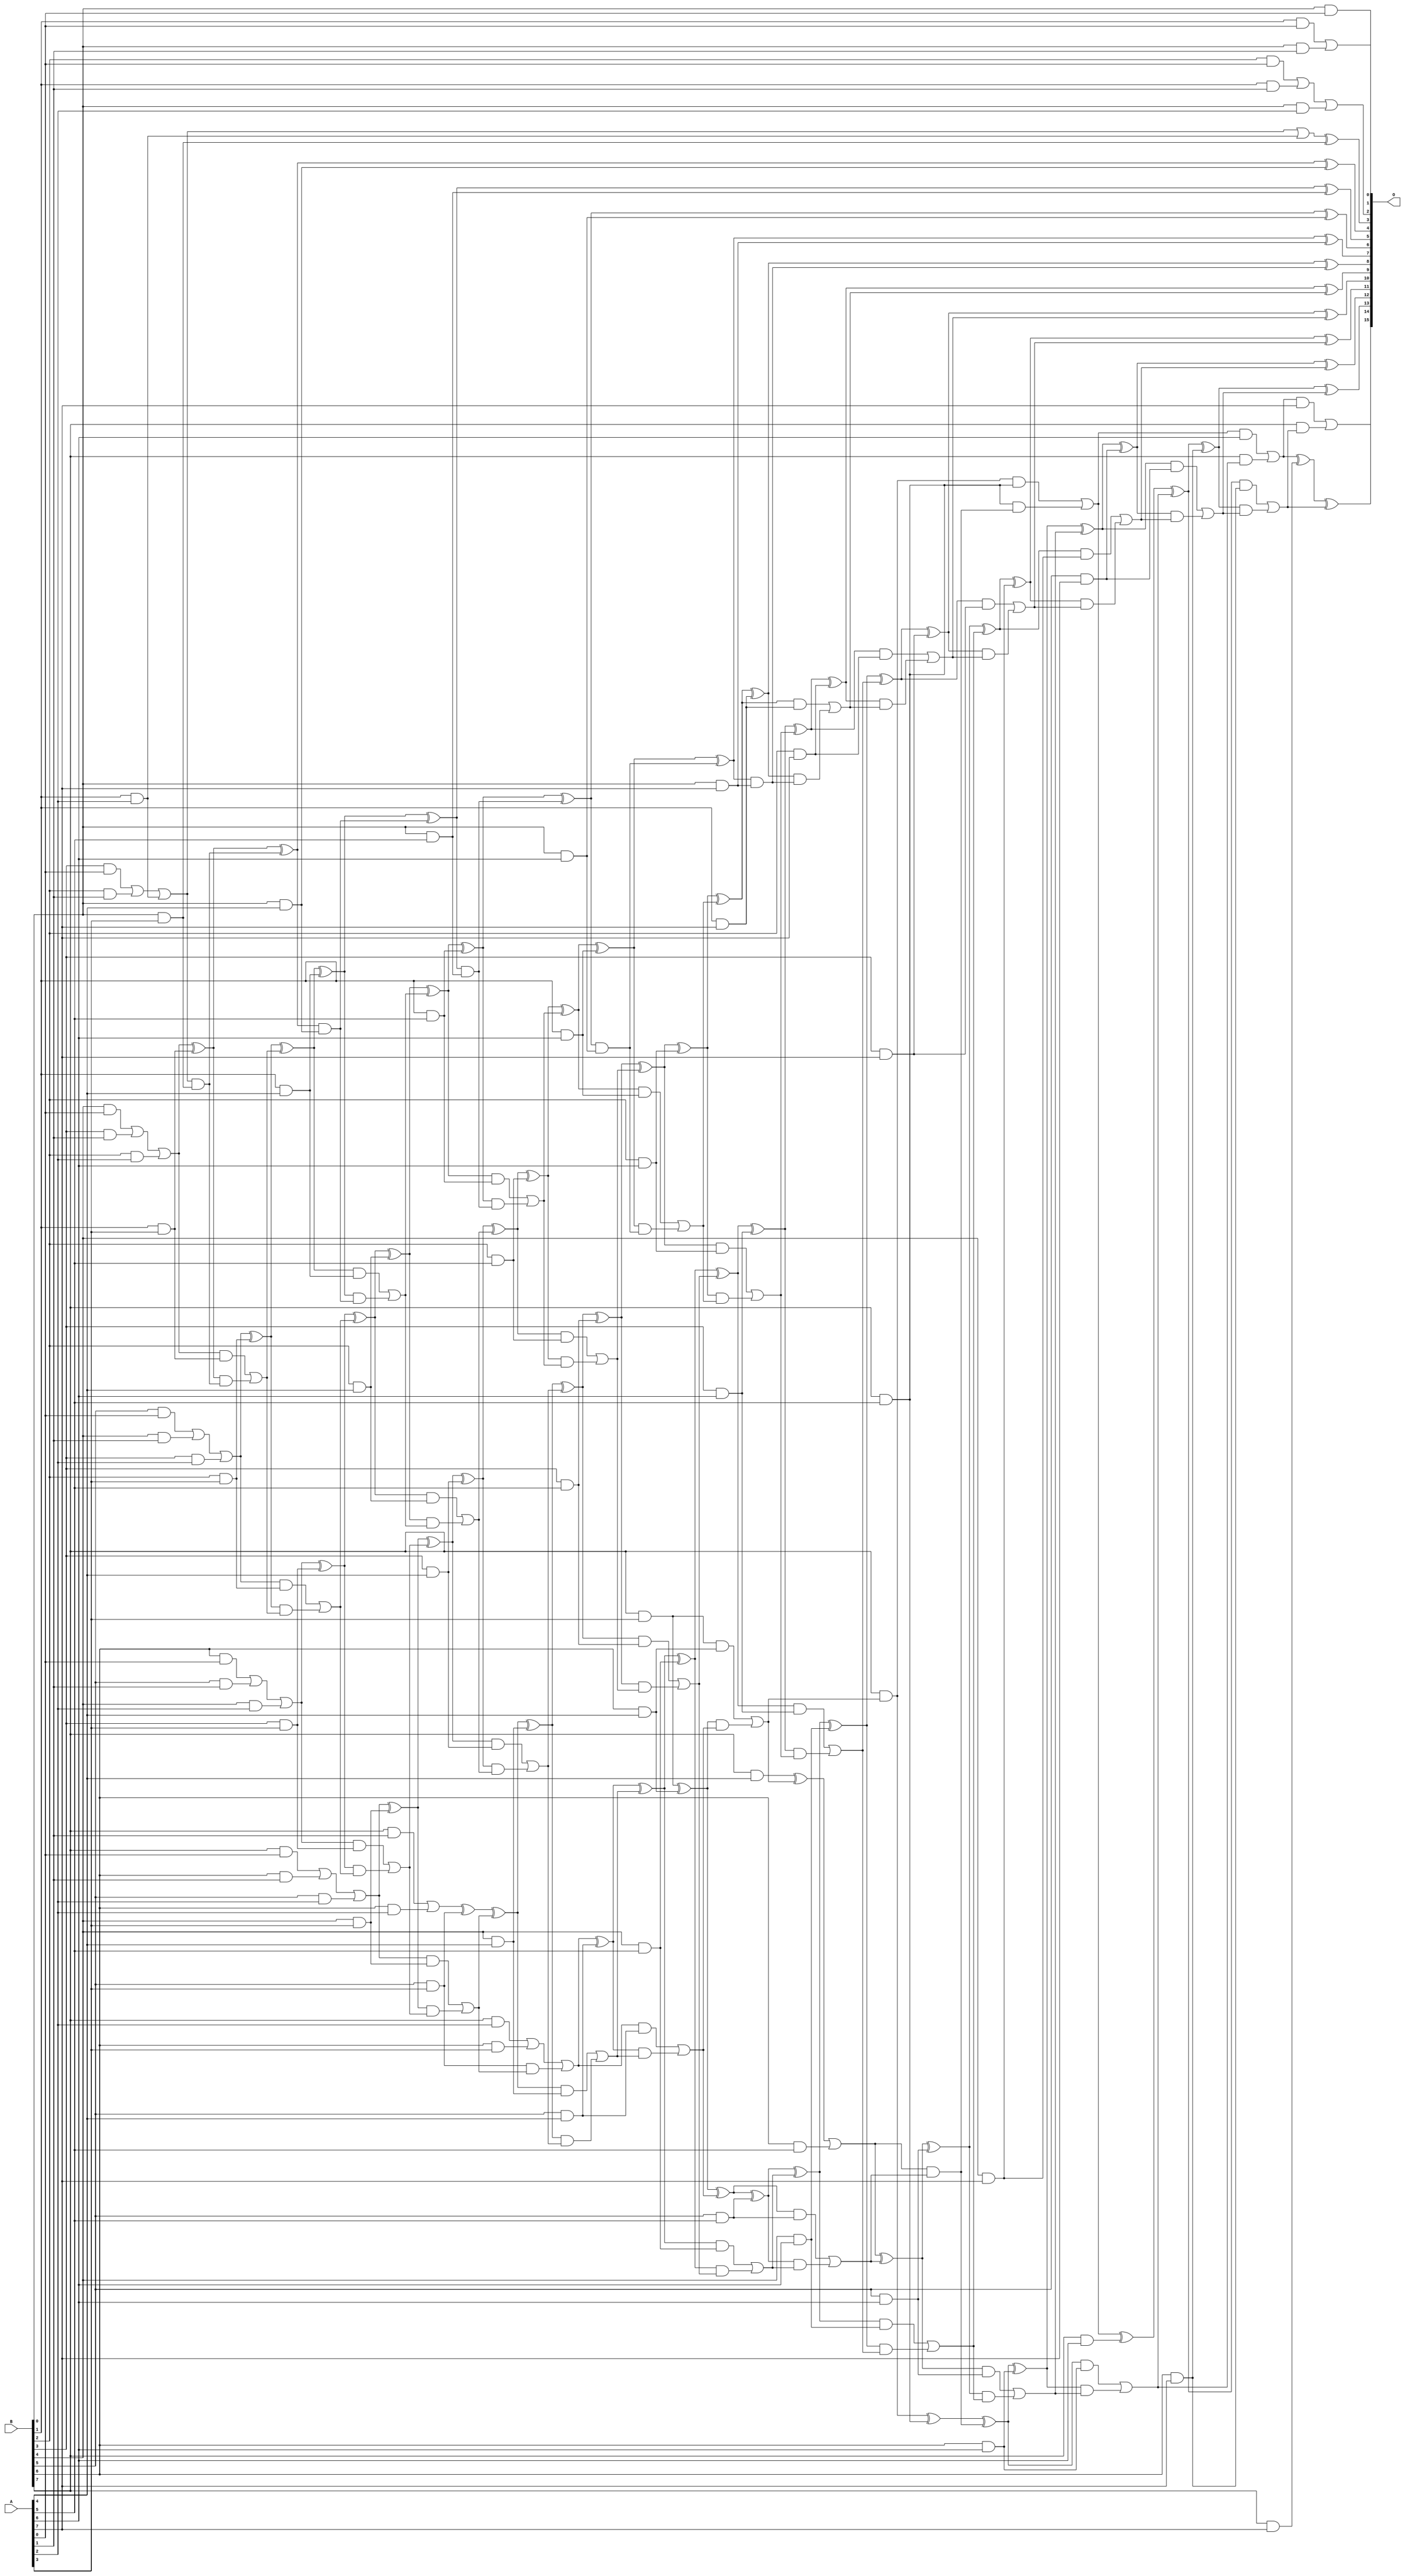
// This program was cloned from: https://github.com/ehw-fit/evoapproxlib
// License: MIT License

/***
* This code is a part of EvoApproxLib library (ehw.fit.vutbr.cz/approxlib) distributed under The MIT License.
* When used, please cite the following article(s): V. Mrazek, R. Hrbacek, Z. Vasicek and L. Sekanina, "EvoApprox8b: Library of approximate adders and multipliers for circuit design and benchmarking of approximation methods". Design, Automation & Test in Europe Conference & Exhibition (DATE), 2017, Lausanne, 2017, pp. 258-261. doi: 10.23919/DATE.2017.7926993 
* This file contains a circuit from a sub-set of pareto optimal circuits with respect to the pwr and ep parameters
***/
// MAE% = 0.43 %
// MAE = 284 
// WCE% = 4.48 %
// WCE = 2938 
// WCRE% = 52.95 %
// EP% = 49.91 %
// MRE% = 2.61 %
// MSE = 386332 
// PDK45_PWR = 0.309 mW
// PDK45_AREA = 561.8 um2
// PDK45_DELAY = 1.73 ns

module mul8u_RCG (
    A,
    B,
    O
);

input [7:0] A;
input [7:0] B;
output [15:0] O;

wire sig_16,sig_17,sig_18,sig_19,sig_20,sig_21,sig_22,sig_23,sig_24,sig_25,sig_26,sig_27,sig_28,sig_29,sig_30,sig_31,sig_32,sig_34,sig_39,sig_44;
wire sig_49,sig_51,sig_54,sig_59,sig_67,sig_68,sig_69,sig_70,sig_71,sig_72,sig_73,sig_74,sig_76,sig_80,sig_81,sig_86,sig_91,sig_96,sig_101,sig_111;
wire sig_112,sig_113,sig_114,sig_115,sig_116,sig_117,sig_118,sig_119,sig_120,sig_121,sig_122,sig_123,sig_124,sig_125,sig_126,sig_127,sig_128,sig_129,sig_130,sig_131;
wire sig_132,sig_133,sig_134,sig_135,sig_136,sig_137,sig_138,sig_139,sig_140,sig_141,sig_143,sig_144,sig_146,sig_149,sig_156,sig_157,sig_158,sig_159,sig_160,sig_161;
wire sig_162,sig_163,sig_164,sig_165,sig_166,sig_167,sig_168,sig_169,sig_170,sig_171,sig_172,sig_173,sig_174,sig_175,sig_176,sig_177,sig_178,sig_179,sig_180,sig_181;
wire sig_182,sig_183,sig_184,sig_185,sig_186,sig_187,sig_188,sig_189,sig_190,sig_191,sig_192,sig_193,sig_194,sig_195,sig_198,sig_199,sig_201,sig_202,sig_203,sig_204;
wire sig_205,sig_206,sig_207,sig_208,sig_209,sig_210,sig_211,sig_212,sig_213,sig_214,sig_215,sig_216,sig_217,sig_218,sig_219,sig_220,sig_221,sig_222,sig_223,sig_224;
wire sig_225,sig_226,sig_227,sig_228,sig_229,sig_230,sig_231,sig_232,sig_233,sig_234,sig_235,sig_236,sig_238,sig_239,sig_241,sig_242,sig_243,sig_244,sig_245,sig_246;
wire sig_247,sig_248,sig_249,sig_250,sig_251,sig_252,sig_253,sig_254,sig_255,sig_256,sig_257,sig_258,sig_259,sig_260,sig_261,sig_262,sig_263,sig_264,sig_265,sig_266;
wire sig_267,sig_268,sig_269,sig_270,sig_271,sig_272,sig_273,sig_274,sig_275,sig_276,sig_277,sig_278,sig_279,sig_280,sig_281,sig_282,sig_283,sig_284,sig_285,sig_286;
wire sig_287,sig_288,sig_289,sig_290,sig_291,sig_292,sig_293,sig_294,sig_295,sig_296,sig_297,sig_298,sig_299,sig_300,sig_301,sig_302,sig_303,sig_304,sig_305,sig_306;
wire sig_307,sig_308,sig_309,sig_310,sig_311,sig_312,sig_313,sig_314,sig_315,sig_316,sig_317,sig_318,sig_319,sig_320,sig_321,sig_322,sig_323,sig_324,sig_325,sig_326;
wire sig_327,sig_328,sig_329,sig_330,sig_331,sig_332,sig_333,sig_334,sig_335;

assign sig_16 = B[0] & A[0];
assign sig_17 = B[1] & A[0];
assign sig_18 = B[2] & A[0];
assign sig_19 = B[3] & A[0];
assign sig_20 = B[4] & A[0];
assign sig_21 = B[5] & A[0];
assign sig_22 = B[6] & A[0];
assign sig_23 = B[7] & A[0];
assign sig_24 = B[0] & A[1];
assign sig_25 = B[1] & A[1];
assign sig_26 = B[2] & A[1];
assign sig_27 = B[3] & A[1];
assign sig_28 = B[4] & A[1];
assign sig_29 = B[5] & A[1];
assign sig_30 = B[6] & A[1];
assign sig_31 = B[7] & A[1];
assign sig_32 = sig_17 | sig_24;
assign sig_34 = sig_18 | sig_25;
assign sig_39 = sig_19 | sig_26;
assign sig_44 = sig_20 | sig_27;
assign sig_49 = sig_21 | sig_28;
assign sig_51 = B[0] & A[2];
assign sig_54 = sig_22 | sig_29;
assign sig_59 = sig_23 | sig_30;
assign sig_67 = B[1] & A[2];
assign sig_68 = B[2] & A[2];
assign sig_69 = B[3] & A[2];
assign sig_70 = B[4] & A[2];
assign sig_71 = B[5] & A[2];
assign sig_72 = B[6] & A[2];
assign sig_73 = B[7] & A[2];
assign sig_74 = sig_34 | sig_51;
assign sig_76 = sig_39 | sig_67;
assign sig_80 = sig_76 | sig_67;
assign sig_81 = sig_44 | sig_68;
assign sig_86 = sig_49 | sig_69;
assign sig_91 = sig_54 | sig_70;
assign sig_96 = sig_59 | sig_71;
assign sig_101 = sig_31 | sig_72;
assign sig_111 = B[0] & A[3];
assign sig_112 = B[1] & A[3];
assign sig_113 = B[2] & A[3];
assign sig_114 = B[3] & A[3];
assign sig_115 = B[4] & A[3];
assign sig_116 = B[5] & A[3];
assign sig_117 = B[6] & A[3];
assign sig_118 = B[7] & A[3];
assign sig_119 = sig_80 ^ sig_111;
assign sig_120 = sig_76 & sig_111;
assign sig_121 = sig_81 ^ sig_112;
assign sig_122 = sig_81 & sig_112;
assign sig_123 = sig_121 & sig_120;
assign sig_124 = sig_121 ^ sig_120;
assign sig_125 = sig_122 | sig_123;
assign sig_126 = sig_86 ^ sig_113;
assign sig_127 = sig_86 & sig_113;
assign sig_128 = sig_126 & sig_125;
assign sig_129 = sig_126 ^ sig_125;
assign sig_130 = sig_127 | sig_128;
assign sig_131 = sig_91 ^ sig_114;
assign sig_132 = sig_91 & sig_114;
assign sig_133 = sig_131 & sig_130;
assign sig_134 = sig_131 ^ sig_130;
assign sig_135 = sig_132 | sig_133;
assign sig_136 = sig_96 ^ sig_115;
assign sig_137 = sig_96 & sig_115;
assign sig_138 = sig_136 & sig_135;
assign sig_139 = sig_136 ^ sig_135;
assign sig_140 = sig_137 | sig_138;
assign sig_141 = sig_101 ^ sig_116;
assign sig_143 = sig_116 & sig_140;
assign sig_144 = sig_141 ^ sig_140;
assign sig_146 = sig_73 | sig_117;
assign sig_149 = sig_146 | sig_143;
assign sig_156 = B[0] & A[4];
assign sig_157 = B[1] & A[4];
assign sig_158 = B[2] & A[4];
assign sig_159 = B[3] & A[4];
assign sig_160 = B[4] & A[4];
assign sig_161 = B[5] & A[4];
assign sig_162 = B[6] & A[4];
assign sig_163 = B[7] & A[4];
assign sig_164 = sig_124 ^ sig_156;
assign sig_165 = sig_124 & sig_156;
assign sig_166 = sig_129 ^ sig_157;
assign sig_167 = sig_129 & sig_157;
assign sig_168 = sig_166 & sig_165;
assign sig_169 = sig_166 ^ sig_165;
assign sig_170 = sig_167 | sig_168;
assign sig_171 = sig_134 ^ sig_158;
assign sig_172 = sig_134 & sig_158;
assign sig_173 = sig_171 & sig_170;
assign sig_174 = sig_171 ^ sig_170;
assign sig_175 = sig_172 | sig_173;
assign sig_176 = sig_139 ^ sig_159;
assign sig_177 = sig_139 & sig_159;
assign sig_178 = sig_176 & sig_175;
assign sig_179 = sig_176 ^ sig_175;
assign sig_180 = sig_177 | sig_178;
assign sig_181 = sig_144 ^ sig_160;
assign sig_182 = sig_144 & sig_160;
assign sig_183 = sig_181 & sig_180;
assign sig_184 = sig_181 ^ sig_180;
assign sig_185 = sig_182 | sig_183;
assign sig_186 = sig_149 ^ sig_161;
assign sig_187 = sig_149 & sig_161;
assign sig_188 = sig_186 & sig_185;
assign sig_189 = sig_186 ^ sig_185;
assign sig_190 = sig_187 | sig_188;
assign sig_191 = sig_118 ^ sig_162;
assign sig_192 = sig_118 & sig_162;
assign sig_193 = sig_191 & sig_190;
assign sig_194 = sig_191 ^ sig_190;
assign sig_195 = sig_192 | sig_193;
assign sig_198 = B[7] & sig_195;
assign sig_199 = sig_163 ^ sig_195;
assign sig_201 = B[0] & A[5];
assign sig_202 = B[1] & A[5];
assign sig_203 = B[2] & A[5];
assign sig_204 = B[3] & A[5];
assign sig_205 = B[4] & A[5];
assign sig_206 = B[5] & A[5];
assign sig_207 = B[6] & A[5];
assign sig_208 = B[7] & A[5];
assign sig_209 = sig_169 ^ sig_201;
assign sig_210 = sig_169 & sig_201;
assign sig_211 = sig_174 ^ sig_202;
assign sig_212 = sig_174 & sig_202;
assign sig_213 = sig_211 & sig_210;
assign sig_214 = sig_211 ^ sig_210;
assign sig_215 = sig_212 | sig_213;
assign sig_216 = sig_179 ^ sig_203;
assign sig_217 = sig_179 & sig_203;
assign sig_218 = sig_216 & sig_215;
assign sig_219 = sig_216 ^ sig_215;
assign sig_220 = sig_217 | sig_218;
assign sig_221 = sig_184 ^ sig_204;
assign sig_222 = sig_184 & sig_204;
assign sig_223 = sig_221 & sig_220;
assign sig_224 = sig_221 ^ sig_220;
assign sig_225 = sig_222 | sig_223;
assign sig_226 = sig_189 ^ sig_205;
assign sig_227 = sig_189 & sig_205;
assign sig_228 = sig_226 & sig_225;
assign sig_229 = sig_226 ^ sig_225;
assign sig_230 = sig_227 | sig_228;
assign sig_231 = sig_194 ^ sig_206;
assign sig_232 = sig_194 & sig_206;
assign sig_233 = sig_231 & sig_230;
assign sig_234 = sig_231 ^ sig_230;
assign sig_235 = sig_232 | sig_233;
assign sig_236 = sig_199 | sig_207;
assign sig_238 = sig_236 & sig_235;
assign sig_239 = sig_236 ^ sig_235;
assign sig_241 = sig_198 ^ sig_208;
assign sig_242 = sig_198 & sig_208;
assign sig_243 = sig_208 & sig_238;
assign sig_244 = sig_241 ^ sig_238;
assign sig_245 = sig_242 | sig_243;
assign sig_246 = B[0] & A[6];
assign sig_247 = B[1] & A[6];
assign sig_248 = B[2] & A[6];
assign sig_249 = B[3] & A[6];
assign sig_250 = B[4] & A[6];
assign sig_251 = B[5] & A[6];
assign sig_252 = B[6] & A[6];
assign sig_253 = B[7] & A[6];
assign sig_254 = sig_214 ^ sig_246;
assign sig_255 = sig_214 & sig_246;
assign sig_256 = sig_219 ^ sig_247;
assign sig_257 = sig_219 & sig_247;
assign sig_258 = sig_256 & sig_255;
assign sig_259 = sig_256 ^ sig_255;
assign sig_260 = sig_257 | sig_258;
assign sig_261 = sig_224 ^ sig_248;
assign sig_262 = sig_224 & sig_248;
assign sig_263 = sig_261 & sig_260;
assign sig_264 = sig_261 ^ sig_260;
assign sig_265 = sig_262 | sig_263;
assign sig_266 = sig_229 ^ sig_249;
assign sig_267 = sig_229 & sig_249;
assign sig_268 = sig_266 & sig_265;
assign sig_269 = sig_266 ^ sig_265;
assign sig_270 = sig_267 | sig_268;
assign sig_271 = sig_234 ^ sig_250;
assign sig_272 = sig_234 & sig_250;
assign sig_273 = sig_271 & sig_270;
assign sig_274 = sig_271 ^ sig_270;
assign sig_275 = sig_272 | sig_273;
assign sig_276 = sig_239 ^ sig_251;
assign sig_277 = sig_239 & sig_251;
assign sig_278 = sig_276 & sig_275;
assign sig_279 = sig_276 ^ sig_275;
assign sig_280 = sig_277 | sig_278;
assign sig_281 = sig_244 ^ sig_252;
assign sig_282 = sig_244 & sig_252;
assign sig_283 = sig_281 & sig_280;
assign sig_284 = sig_281 ^ sig_280;
assign sig_285 = sig_282 | sig_283;
assign sig_286 = sig_245 ^ sig_253;
assign sig_287 = sig_245 & A[6];
assign sig_288 = B[7] & sig_285;
assign sig_289 = sig_286 ^ sig_285;
assign sig_290 = sig_287 | sig_288;
assign sig_291 = B[0] & A[7];
assign sig_292 = B[1] & A[7];
assign sig_293 = B[2] & A[7];
assign sig_294 = B[3] & A[7];
assign sig_295 = B[4] & A[7];
assign sig_296 = B[5] & A[7];
assign sig_297 = B[6] & A[7];
assign sig_298 = B[7] & A[7];
assign sig_299 = sig_259 ^ sig_291;
assign sig_300 = sig_259 & sig_291;
assign sig_301 = sig_264 ^ sig_292;
assign sig_302 = sig_264 & sig_292;
assign sig_303 = sig_301 & sig_300;
assign sig_304 = sig_301 ^ sig_300;
assign sig_305 = sig_302 | sig_303;
assign sig_306 = sig_269 ^ sig_293;
assign sig_307 = sig_269 & sig_293;
assign sig_308 = sig_306 & sig_305;
assign sig_309 = sig_306 ^ sig_305;
assign sig_310 = sig_307 | sig_308;
assign sig_311 = sig_274 ^ sig_294;
assign sig_312 = sig_274 & sig_294;
assign sig_313 = sig_311 & sig_310;
assign sig_314 = sig_311 ^ sig_310;
assign sig_315 = sig_312 | sig_313;
assign sig_316 = sig_279 ^ sig_295;
assign sig_317 = sig_279 & sig_295;
assign sig_318 = sig_316 & sig_315;
assign sig_319 = sig_316 ^ sig_315;
assign sig_320 = sig_317 | sig_318;
assign sig_321 = sig_284 ^ sig_296;
assign sig_322 = sig_284 & sig_296;
assign sig_323 = sig_321 & sig_320;
assign sig_324 = sig_321 ^ sig_320;
assign sig_325 = sig_322 | sig_323;
assign sig_326 = sig_289 ^ sig_297;
assign sig_327 = sig_289 & sig_297;
assign sig_328 = sig_326 & sig_325;
assign sig_329 = sig_326 ^ sig_325;
assign sig_330 = sig_327 | sig_328;
assign sig_331 = sig_290 ^ sig_298;
assign sig_332 = sig_290 & A[7];
assign sig_333 = B[7] & sig_330;
assign sig_334 = sig_331 ^ sig_330;
assign sig_335 = sig_332 | sig_333;

assign O[15] = sig_335;
assign O[14] = sig_334;
assign O[13] = sig_329;
assign O[12] = sig_324;
assign O[11] = sig_319;
assign O[10] = sig_314;
assign O[9] = sig_309;
assign O[8] = sig_304;
assign O[7] = sig_299;
assign O[6] = sig_254;
assign O[5] = sig_209;
assign O[4] = sig_164;
assign O[3] = sig_119;
assign O[2] = sig_74;
assign O[1] = sig_32;
assign O[0] = sig_16;

endmodule